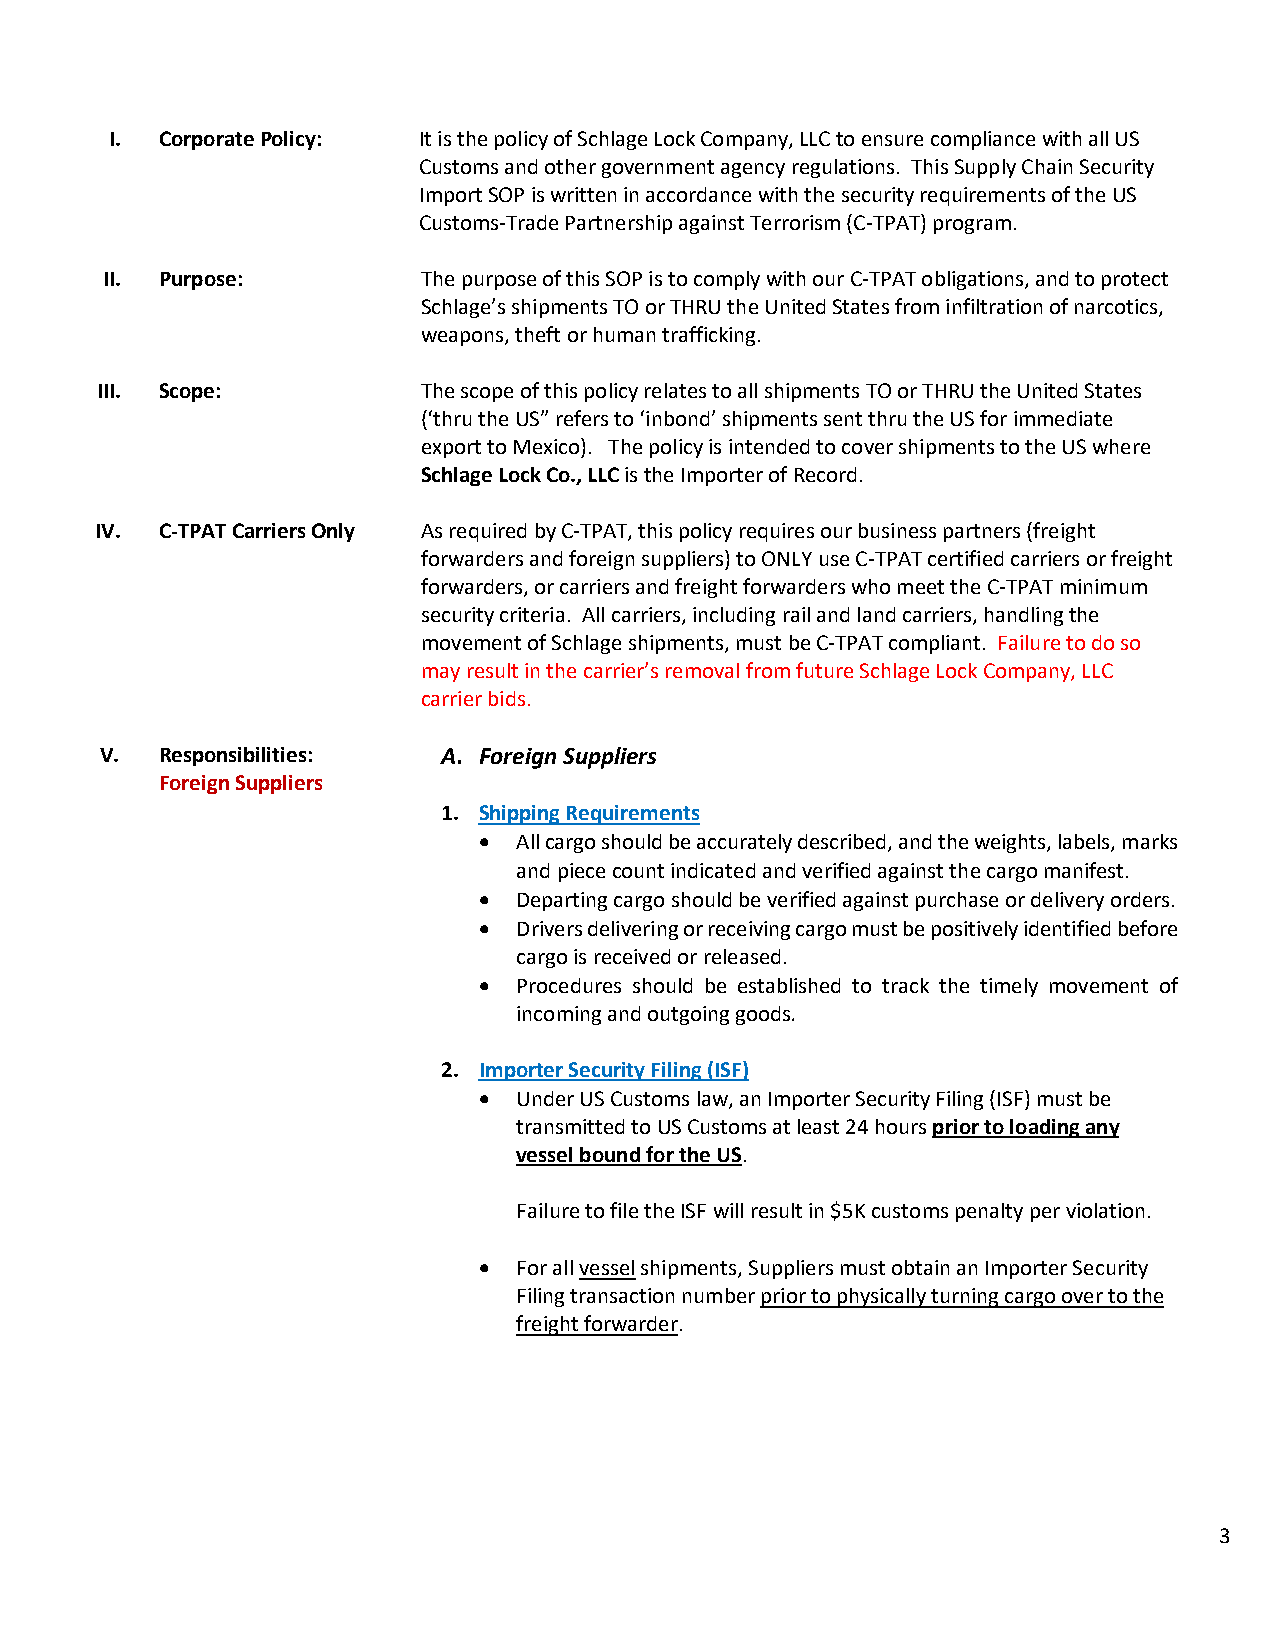
I.  Corporate Policy: It is the policy of Schlage Lock Company, LLC to ensure compliance with all US
 Customs and other government agency regulations. This Supply Chain Security
 Import SOP is written in accordance with the security requirements of the US
 Customs-Trade Partnership against Terrorism (C-TPAT) program.
 II. Purpose:         The purpose of this SOP is to comply with our C-TPAT obligations, and to protect
 Schlage’s shipments TO or THRU the United States from infiltration of narcotics,
 weapons, theft or human trafficking.
 III. Scope:           The scope of this policy relates to all shipments TO or THRU the United States
 (‘thru the US” refers to ‘inbond’ shipments sent thru the US for immediate
 export to Mexico). The policy is intended to cover shipments to the US where
 Schlage Lock Co., LLC is the Importer of Record.
 IV.  C-TPAT Carriers Only As required by C-TPAT, this policy requires our business partners (freight
 forwarders and foreign suppliers) to ONLY use C-TPAT certified carriers or freight
 forwarders, or carriers and freight forwarders who meet the C-TPAT minimum
 security criteria. All carriers, including rail and land carriers, handling the
 movement of Schlage shipments, must be C-TPAT compliant. Failure to do so
 may result in the carrier’s removal from future Schlage Lock Company, LLC
 carrier bids.
 V.  Responsibilities: A. Foreign Suppliers
 Foreign Suppliers
 1. Shipping Requirements
 • All cargo should be accurately described, and the weights, labels, marks
 and piece count indicated and verified against the cargo manifest.
 • Departing cargo should be verified against purchase or delivery orders.
 • Drivers delivering or receiving cargo must be positively identified before
 cargo is received or released.
 • Procedures should be established to track the timely movement of
 incoming and outgoing goods.
 2. Importer Security Filing (ISF)
 • Under US Customs law, an Importer Security Filing (ISF) must be
 transmitted to US Customs at least 24 hours prior to loading any
 vessel bound for the US.
 Failure to file the ISF will result in $5K customs penalty per violation.
 • For all vessel shipments, Suppliers must obtain an Importer Security
 Filing transaction number prior to physically turning cargo over to the
 freight forwarder.
 3